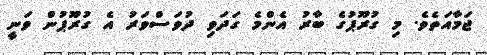
ޖަމާއަތެވެ. މި ގުރޫޕުގެ ބާރު އެންމެ ގަދަވި ދުވަސްވަރު އެ ގުރޫޕުން ވަނީ